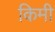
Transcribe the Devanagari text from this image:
किमी